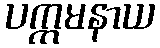
ပက္ကမနာယ